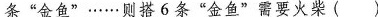
条”金鱼”……则搭6条”金鱼”需要火柴( )